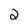
Character: 2